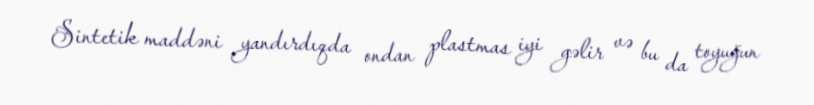
Sintetik maddəni yandırdıqda ondan plastmas iyi gəlir və bu da toyuğun